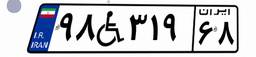
۹۸W۳۱۹۶۸